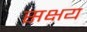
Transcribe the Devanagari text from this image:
सक्षय